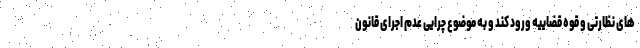
های نظارتی و قوه قضاییه ورود کند و به موضوع چرایی عدم اجرای قانون